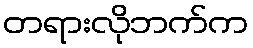
တရားလိုဘက်က